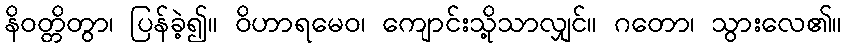
နိဝတ္တိတွာ၊ ပြန်ခဲ့၍။ ဝိဟာရမေဝ၊ ကျောင်းသို့သာလျှင်။ ဂတော၊ သွားလေ၏။